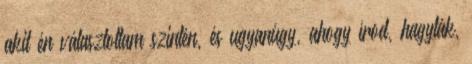
akit én választottam szintén, és ugyanúgy, ahogy írod, hagyták,